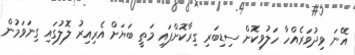
އޭނަ ވިދުވަރެއްހާ ހަލުވިކޮށް ސިޑިބަރި ގިރާކޮށްފައި މަތީ ބަޔަށް އެރިއިރު ލޮލުގައި ގިނަވަމުން